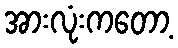
အားလုံးကတော့